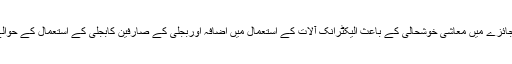
اجلاس میں یہ فیصلہ بھی کیاگیا کہ بجلی کی طلب کے جائزے میں معاشی خوشحالی کے باعث الیکٹرانک آلات کے استعمال میں اضافہ اوربجلی کے صارفین کابجلی کے استعمال کے حوالے سے رویے جیسے عوامل بھی شامل کئے جائیں گے۔